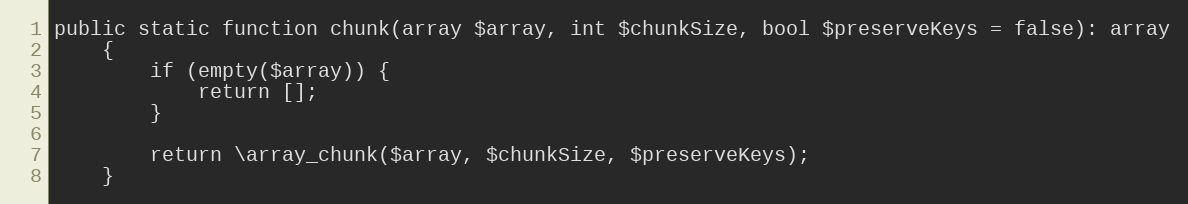
Language: PHP
public static function chunk(array $array, int $chunkSize, bool $preserveKeys = false): array
    {
        if (empty($array)) {
            return [];
        }

        return \array_chunk($array, $chunkSize, $preserveKeys);
    }